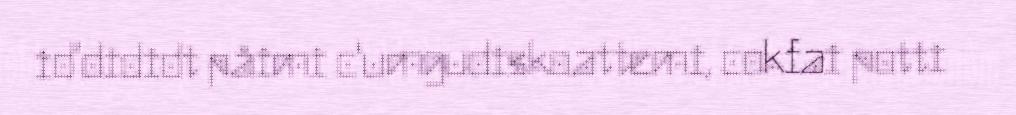
id'dididt påimi c'umgudiskoattemi, cokfai potti